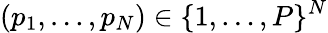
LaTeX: (p_{1},\dotsc,p_{N})\in\{ 1,\dotsc,P\} ^{N}